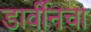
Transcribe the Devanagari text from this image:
डार्वीनचा